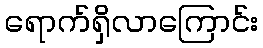
ရောက်ရှိလာကြောင်း